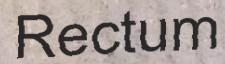
Rectum